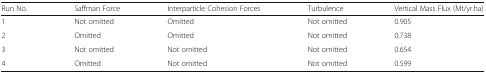
<table><thead><tr><td><b>Run No.</b></td><td><b>Saffman Force</b></td><td><b>Interparticle Cohesion Forces</b></td><td><b>Turbulence</b></td><td><b>Vertical Mass Flux (Mt/yr.ha)</b></td></tr></thead><tbody><tr><td>1</td><td>Not omitted</td><td>Omitted</td><td>Not omitted</td><td>0.905</td></tr><tr><td>2</td><td>Omitted</td><td>Omitted</td><td>Not omitted</td><td>0.738</td></tr><tr><td>3</td><td>Not omitted</td><td>Not omitted</td><td>Not omitted</td><td>0.654</td></tr><tr><td>4</td><td>Omitted</td><td>Not omitted</td><td>Not omitted</td><td>0.599</td></tr></tbody></table>